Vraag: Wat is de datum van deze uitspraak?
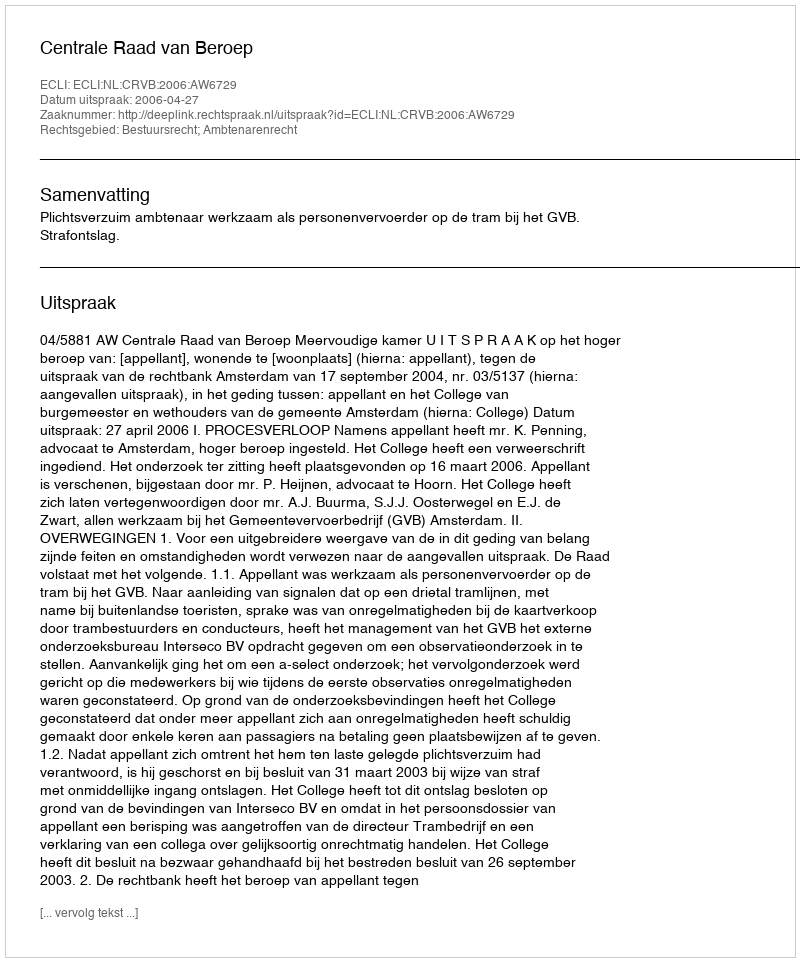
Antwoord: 2006-04-27